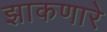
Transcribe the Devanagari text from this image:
झाकणारे